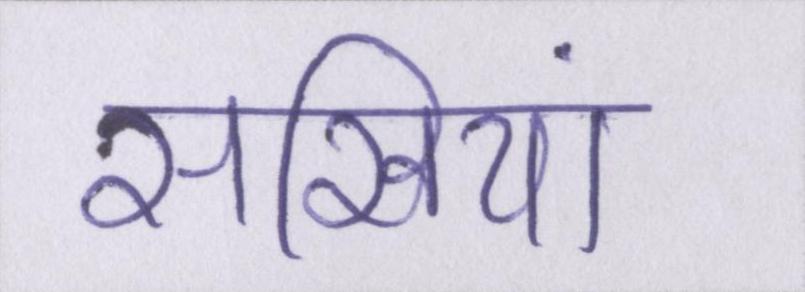
सखियां